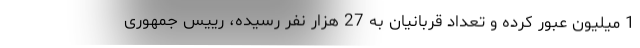
1 میلیون عبور کرده و تعداد قربانیان به 27 هزار نفر رسیده، رییس جمهوری